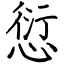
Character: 愆